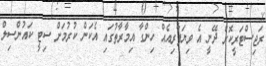
ރަޖިސްޓަރީކޮޮށް ދޭނީ އެ ވިޔަފާރިއެއް ހިންގާ އިމާރާތުގައި އެކަން ކުރުމަށް ސިޓީ ކައުންސިލް